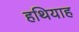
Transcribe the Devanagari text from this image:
हथियाह